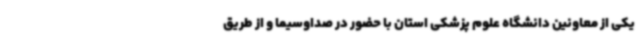
یکی از معاونین دانشگاه علوم پزشکی استان با حضور در صداوسیما و از طریق